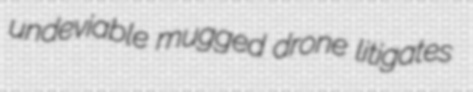
undeviable mugged drone litigates